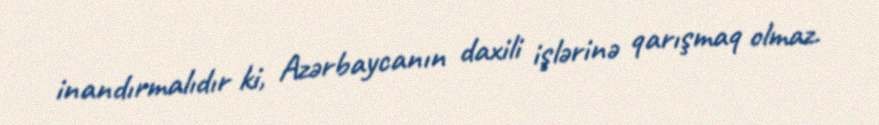
inandırmalıdır ki, Azərbaycanın daxili işlərinə qarışmaq olmaz.